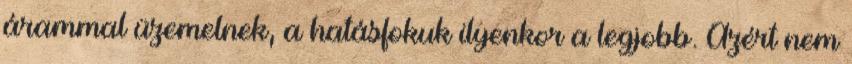
árammal üzemelnek, a hatásfokuk ilyenkor a legjobb. Azért nem